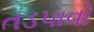
તડપાવો